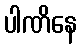
ပါဏိနေ